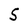
Character: S